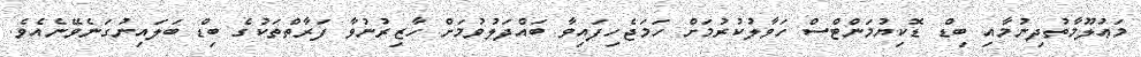
މަޢުލޫމާތުދިނުމާއި ބިޑް ޑޮކިޔުމަންޓްސް ހަވާލުކުރުމަށް ހަމަޖެހިފައިވާ ބައްދަލުވުމަށް ހާޒިރުނުވާ ފަރާތްތަކުގެ ބިޑް ބަލައިނުގަނެވޭނެއެވެ.